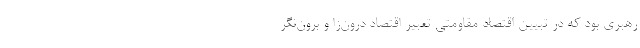
رهبری بود که در تبیین اقتصاد مقاومتی تعبیر اقتصاد درون‌زا و برون‌نگر